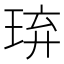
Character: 𤥡